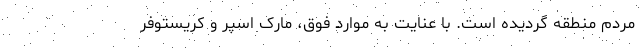
مردم منطقه گردیده است. با عنایت به موارد فوق، مارک اسپر و کریستوفر